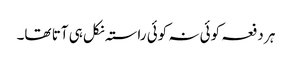
ہر دفعہ کوئی نہ کوئی راستہ نکل ہی آتا تھا۔